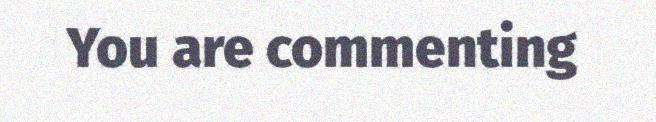
You are commenting